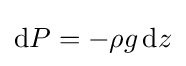
\mathrm {d} P=-\rho g\,\mathrm {d} z